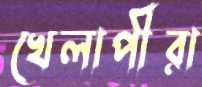
খেলাপীরা